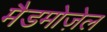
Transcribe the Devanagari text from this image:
मैडमोज़ेल